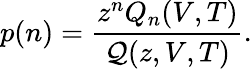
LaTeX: p(n)=\frac{z^{n}Q_{n}(V,T)}{{\cal Q}(z,V,T)}.